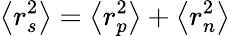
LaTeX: \left<r_{s}^{2}\right>=\left<r_{p}^{2}\right>+\left<r_{n}^{2}\right>